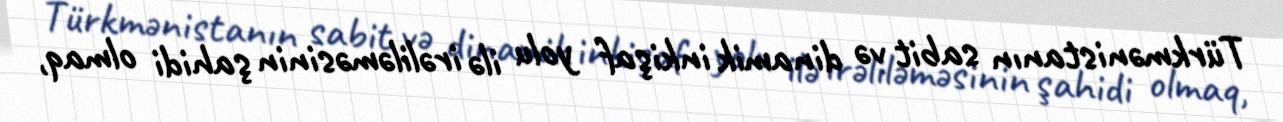
Türkmənistanın sabit və dinamik inkişaf yolu ilə irəliləməsinin şahidi olmaq,